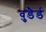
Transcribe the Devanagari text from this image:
वुडैर्ड